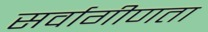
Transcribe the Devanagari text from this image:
सर्वागीणता